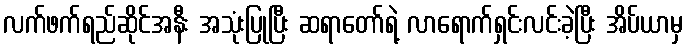
လက်ဖက်ရည်ဆိုင်အနီး အသုံးပြုပြီး ဆရာတော်ရဲ့ လာရောက်ရှင်းလင်းခဲ့ပြီး အိပ်ယာမှ